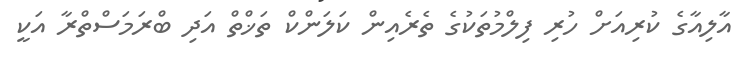
އާލިއާގެ ކުރިއަށް ހުރި ފިލްމުތަކުގެ ތެރެއިން ކަލަންކް ތަޚްތް އަދި ބްރަމަސްތްރާ އަކީ